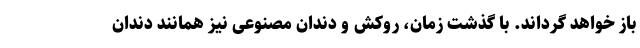
باز خواهد گرداند. با گذشت زمان، روکش و دندان مصنوعی نیز همانند دندان